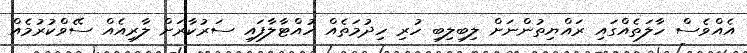
އެއްވެސް ހާލަތެއްގައި ރައްޔިތުންނަށް ލިބިލިބި ހުރި ހިދުމަތެއް ހުއްޓާލާފައި ސަރުކާރަށް ލާރިއެއް ސޭވްކުރުމެއްް